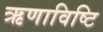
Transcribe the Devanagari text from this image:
ऋणाविष्टि